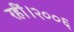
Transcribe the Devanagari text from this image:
रहीं।२००६